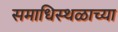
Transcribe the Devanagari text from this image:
समाधिस्थळाच्या